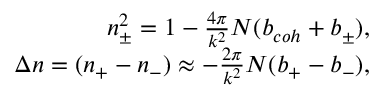
\begin{array} { r } { n _ { \pm } ^ { 2 } = 1 - { \frac { 4 \pi } { k ^ { 2 } } } N ( b _ { c o h } + b _ { \pm } ) , } \\ { \Delta n = ( n _ { + } - n _ { - } ) \approx - { \frac { 2 \pi } { k ^ { 2 } } } N ( b _ { + } - b _ { - } ) , } \end{array}